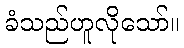
ခံသည်ဟူလိုသော်။